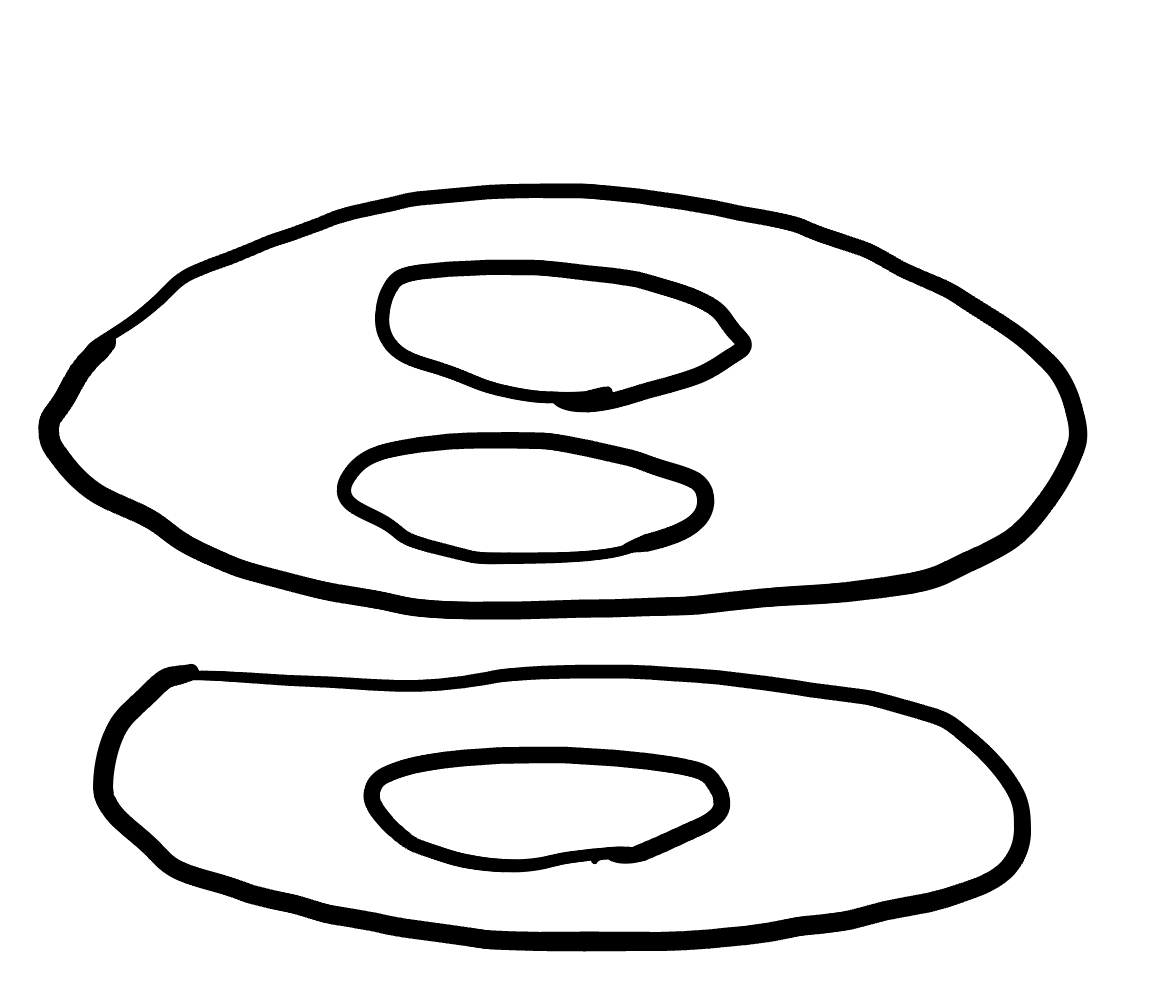
Number of regions (including the outer root region): 6
Containment tree edges (parent, child): 0, 1, 0, 3, 1, 2, 3, 4, 3, 5